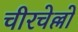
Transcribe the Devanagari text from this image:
चीरचेल्लो